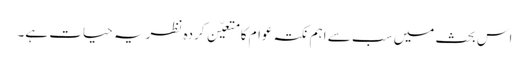
اس بحث میں سب سے اہم نکتہ عوام کا متعیّن کردہ نظریہ حیات ہے۔